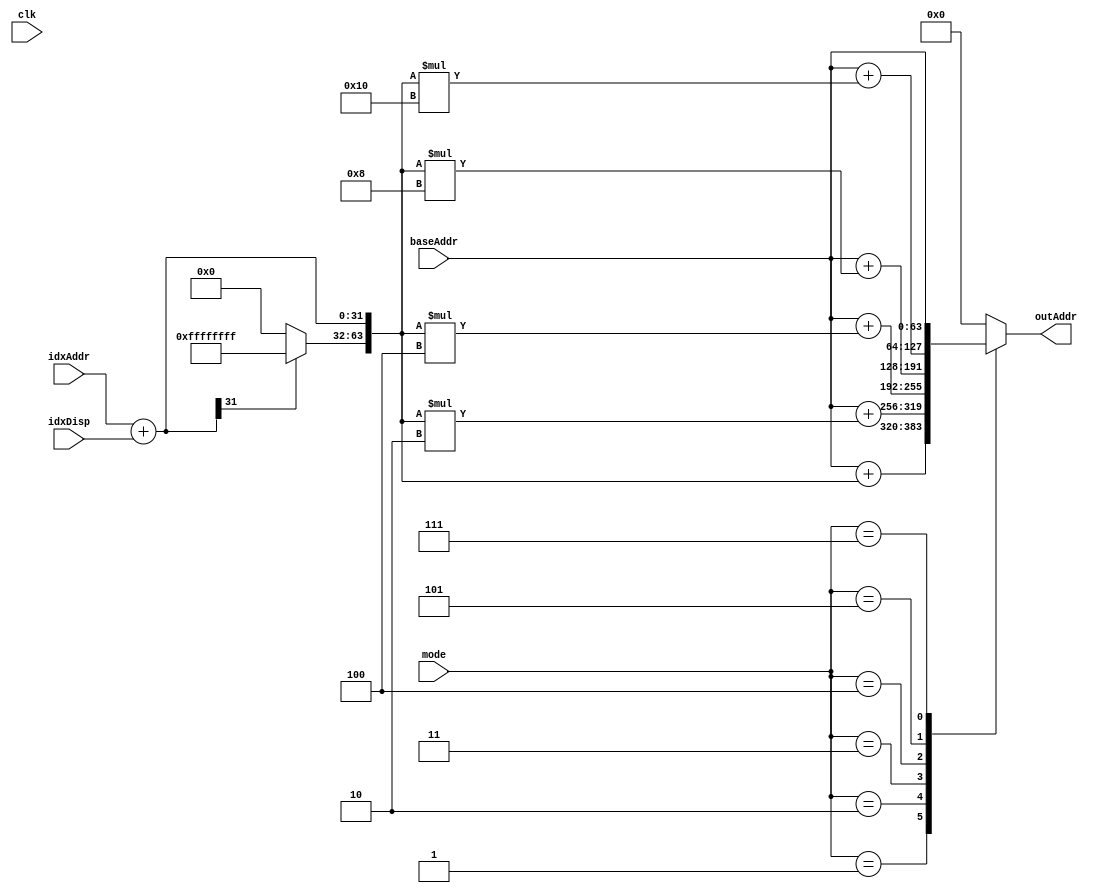
module MemAlu(
	/* verilator lint_off UNUSED */
	clk,
	mode,
	baseAddr,
	idxAddr,
	idxDisp,
	outAddr
);

input clk;
input[2:0] mode;
input[63:0] baseAddr;
input[31:0] idxAddr;
input[31:0] idxDisp;

output[63:0] outAddr;

reg[31:0] tIdxAddr;
reg[63:0] tIdxAddr2;
reg[63:0] tOutAddr;

parameter[2:0]  MD_NONE  = 3'b000;
parameter[2:0]  MD_BYTE  = 3'b001;
parameter[2:0]  MD_WORD  = 3'b010;
parameter[2:0]  MD_DWORD = 3'b011;
parameter[2:0]  MD_QWORD = 3'b100;
parameter[2:0]  MD_OWORD = 3'b101;

parameter[2:0]  MD_MOV   = 3'b111;

parameter[63:0] NULL_ADDR = 64'h0000_0000_0000_0000;
parameter[63:0] NEG_ADDR = 64'hFFFF_FFFF_0000_0000;

always @ (mode) begin
	tIdxAddr = idxAddr+idxDisp;
//	tIdxAddr2 = tIdxAddr[31] ?
//		(tIdxAddr|NEG_ADDR) :
//		(tIdxAddr|NULL_ADDR);
	tIdxAddr2[31:0] = tIdxAddr;
	tIdxAddr2[63:32] = tIdxAddr[31] ?
		32'hFFFF_FFFF :
		32'h0000_0000 ;

	case(mode)
		MD_BYTE: begin
			tOutAddr = baseAddr+tIdxAddr2;
		end
		MD_WORD: begin
			tOutAddr = baseAddr+tIdxAddr2*2;
		end
		MD_DWORD: begin
			tOutAddr = baseAddr+tIdxAddr2*4;
		end
		MD_QWORD: begin
			tOutAddr = baseAddr+tIdxAddr2*8;
		end
		MD_OWORD: begin
			tOutAddr = baseAddr+tIdxAddr2*16;
		end

		MD_MOV: begin
			tOutAddr = baseAddr;
		end

		default: begin
			tOutAddr = NULL_ADDR;
		end
	endcase
	outAddr = tOutAddr;
end

//always @ (posedge clk) begin
//	outAddr <= tOutAddr;
//end

endmodule